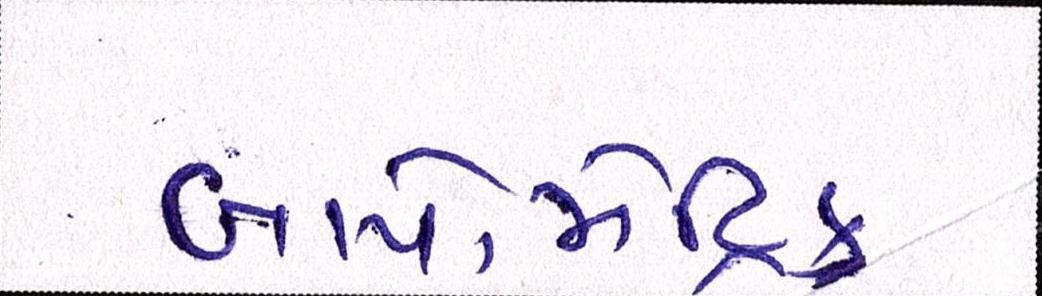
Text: બાયોમેટ્રિક